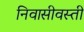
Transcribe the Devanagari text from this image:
निवासीवस्ती